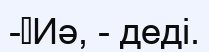
-	Иә, - деді.